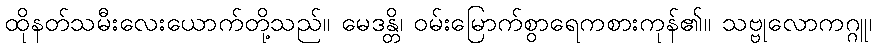
ထိုနတ်သမီးလေးယောက်တို့သည်။ မေဒန္တိ၊ ဝမ်းမြောက်စွာရေကစားကုန်၏။ သဗ္ဗုလောကဂ္ဂူ၊